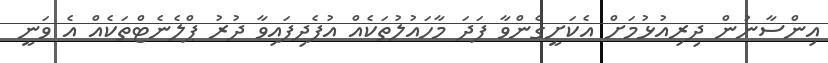
އިންސާނުން ދިރިއުޅުމަށް އެކަށީގެންވާ ފަދަ މާހައުލުތަކެއް އުފެދިފައިވާ ދުރު ޕްލެނެޓްތަކެއް އެ ވަނީ